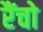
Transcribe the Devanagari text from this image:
रैंचो